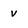
Character: v